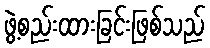
ဖွဲ့စည်းထားခြင်းဖြစ်သည်